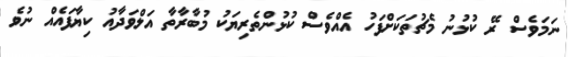
ނަމަވެސް ރޭ ކުޅުނު މެޗުތަކަށްފަހު އެއްވެސް ކުޅުންތެރިޔަކު މުބާރާތާ އަލްވަދާއު ކިޔާފައެއް ނުވެ